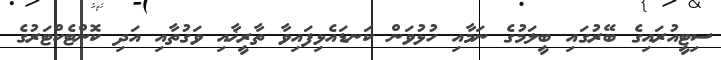
ސިޓީއުރައިގެ ބޭރުގައި ބީލަމުގެ ނަމާއި ހުޅުވަން ކަނޑައެޅިފައިވާ ތާރީޚާއި ވަގުތާއި އަދި ކޮންޓެކްޓަރުގެ